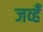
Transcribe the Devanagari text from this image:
जव्हँ